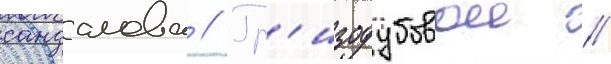
сандалова // Гр'изодубовои //